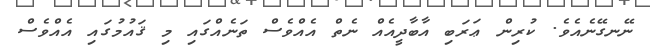
ނޭނގޭނެއެވެ. ކުރިން ޢަރަބި އާބާދީއެއް ނެތް އެއްވެސް ތަނެއްގައި މި ޤައުމުގައި އެއްވެސް